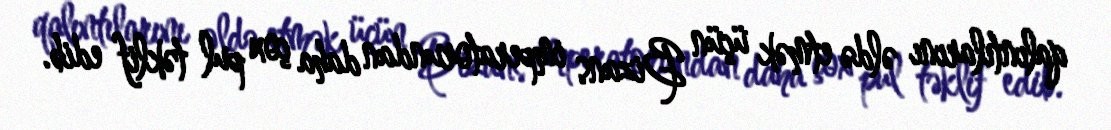
qalıntılarını əldə etmək üçün Bizans imperatorundan daha çox pul təklif edib.